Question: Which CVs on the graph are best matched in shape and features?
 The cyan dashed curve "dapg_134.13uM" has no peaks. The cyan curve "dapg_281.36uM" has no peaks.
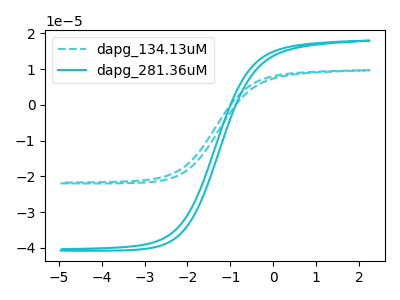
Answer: <think>Neither "dapg_134.13uM" or "dapg_281.36uM" have any peaks.
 </think>
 <answer>"dapg_281.36uM" and "dapg_134.13uM" have the same shape and are likely CV's of the same chemical.</answer>
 <eval>"dapg_281.36uM" "dapg_134.13uM"</eval>